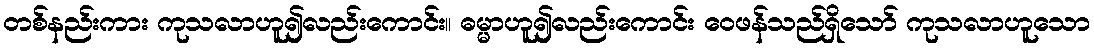
တစ်နည်းကား ကုသလာဟူ၍လည်းကောင်း။ ဓမ္မာဟူ၍လည်းကောင်း ဝေဖန်သည်ရှိသော် ကုသလာဟူသော